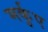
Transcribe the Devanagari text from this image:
मर्कुए